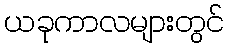
ယခုကာလများတွင်